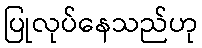
ပြုလုပ်နေသည်ဟု